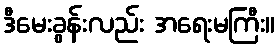
ဒီမေးခွန်းလည်း အရေးမကြီး။